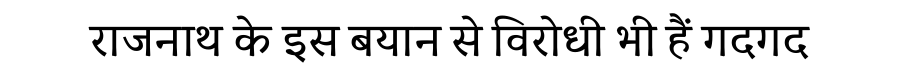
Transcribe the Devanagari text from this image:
राजनाथ के इस बयान से विरोधी भी हैं गदगद